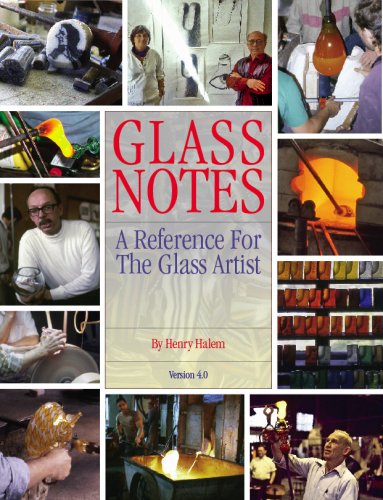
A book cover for Glass Notes, a reference for the glass artist; Henry Halem; Crafts, Hobbies & Home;